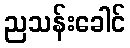
ညသန်းခေါင်